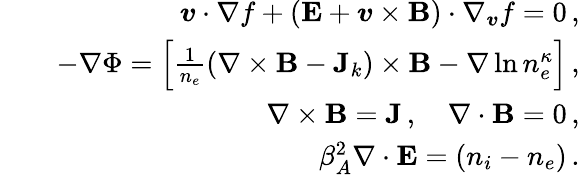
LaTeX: \begin{array}{rlr}&{}&{\boldsymbol{v}\cdot\nabla f+\left(\textbf{E}+\boldsymbol{v}\times\textbf{B}\right)\cdot\nabla_{\boldsymbol{v}}f=0\, ,}\\ &{}&{-\nabla\Phi=\left[\frac{1}{n_{e}}(\nabla\times\textbf{B}-\textbf{J}_{k})\times\textbf{B}-\nabla\ln n_{e}^{\kappa}\right]\, ,}\\ &{}&{\nabla\times\textbf{B}=\textbf{J}\, ,\quad\nabla\cdot\textbf{B}=0\, ,}\\ &{}&{\beta_{A}^{2}\nabla\cdot\textbf{E}=(n_{i}-n_{e})\, .}\end{array}